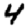
Digit: 4